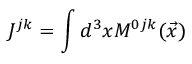
J ^ { j k } = \int d ^ { 3 } x M ^ { 0 j k } ( \vec { x } )